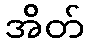
အိတ်